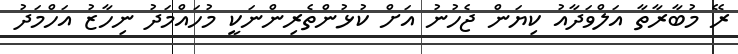
ރޭ މުބާރާތާ އަލްވަދާއު ކިޔަން ޖެހުނު އަށް ކުޅުންތެރިންނަކީ މުހައްމަދު ނިހާޒު އަހްމަދު